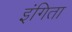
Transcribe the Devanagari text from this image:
इंगिता